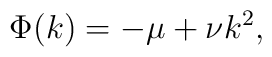
\Phi(k)=-\mu+\nu k^2,